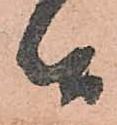
候